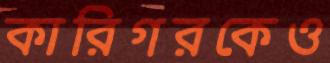
কারিগরকেও